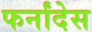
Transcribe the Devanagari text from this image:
फर्नांदेस